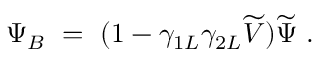
\Psi _ { B } \ = \ ( 1 - \gamma _ { 1 L } \gamma _ { 2 L } \widetilde V ) \widetilde \Psi \ .